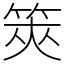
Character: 筴